Annual report of the Punjab Veterinary College and of the Civil Veterinary Department, Punjab - 1926-1932
Year: 1926
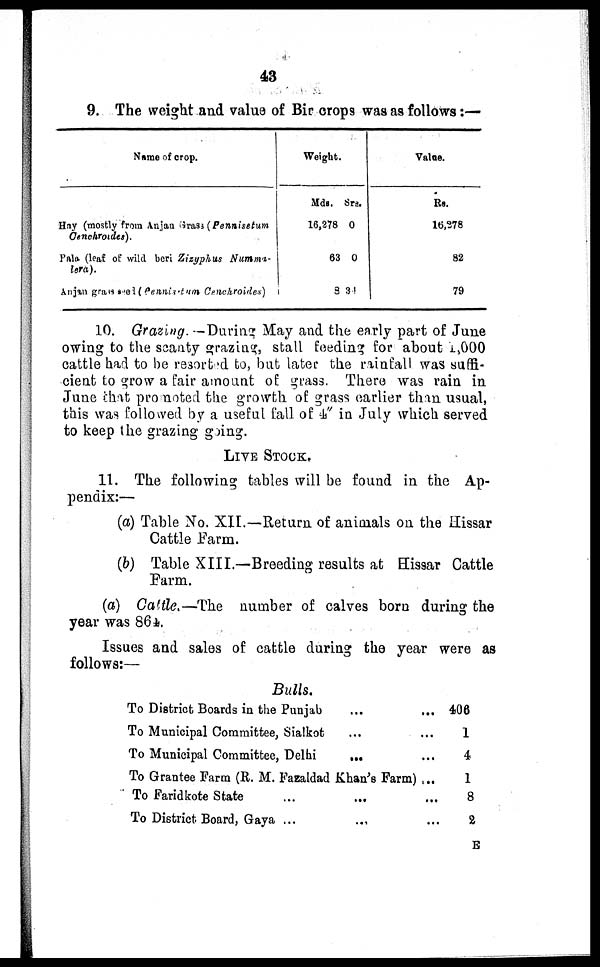
43
9. The weight and value of Bir crops was as follows:—
Name of crop.
Hay (mostly from Anjan Grass (Pennisetum
Oenohroides).
Pala (leaf of wild beri Zizyphus
Numma-
lera).
Anjan granss seed (Pennis-tum Cenchroides)
Weight.
Mds.
16,278
63
8
Srs.
0
0
31
Value.
Re.
16,278
82
79
10. Grazing. —During May and the early part of June
owing to the scanty grazing, stall feeding for about 1,000
cattle had to be resorted to, but later the rainfall was suffi-
cient to grow a fair amount of grass. There was rain in
June that pro noted the growth of grass earlier than usual,
this was followed by a useful fall of 4" in July which served
to keep the grazing going.
LIVE STOCK.
11. The following tables will be found in the Ap-
pendix:—
(a) Table No. XII.—Return of animals on the Hissar
Cattle Farm.
(b) Table XIII.—Breeding results at Hissar Cattle
Farm.
(a) Cattle.—The number of calves born during the
year was 864.
Issues and sales of cattle during the year were as
follows:—
Bulls.
To District Boards in the Punjab ... ...
To Municipal Committee, Sialkot ... ...
To Municipal Committee, Delhi ... ...
To Grantee Farm (R. M. Fazaldad Khan's Farm) ...
To Faridkote State ... ... ... ...
To District Board, Gaya ... ... ... ...
406
1
4
1
8
2
E